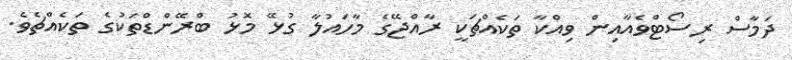
ދަމާސް ރިސޯޓްވެއާއިން ވިއްކާ ތަކެއްޗަކީ ރާއްޖޭގެ މާހައުލާ ގުޅޭ މޮޅު ބްރޭންޑްތަކުގެ ތަކެއްޗެވެ.